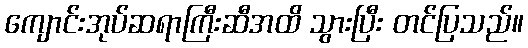
ကျောင်းအုပ်ဆရာကြီးဆီအထိ သွားပြီး တင်ပြသည်။